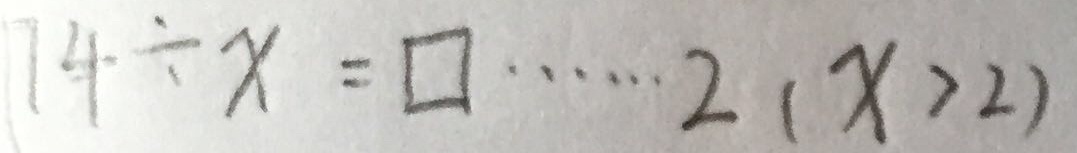
7 4 \div x = \square \cdots 2 ( x > 2 )